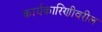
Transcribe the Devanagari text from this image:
कार्यकारिणीवरील